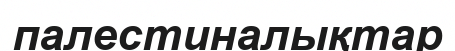
палестиналықтар